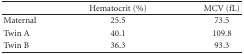
|  | Hematocrit (%) | MCV (fL) |
 | --- | --- | --- |
 | Maternal | 25.5 | 73.5 |
 | Twin A | 40.1 | 109.8 |
 | Twin B | 36.3 | 93.3 |